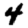
Digit: 4